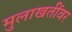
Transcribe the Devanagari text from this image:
मुलाखतींवर